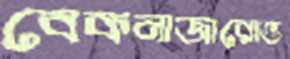
বেকনাজারোভ